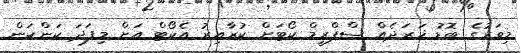
މިވަރުގެ ބޮޑު ޚަރަދެއް ސްޕްރީމް ކޯޓަށް ކުރާއިރު އެކޯޓް އަށް މިފަދަ ކަންކަން